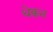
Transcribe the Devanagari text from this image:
थेक्कन